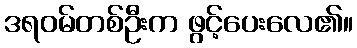
ဒရဝမ်တစ်ဦးက ဖွင့်ပေးလေ၏။